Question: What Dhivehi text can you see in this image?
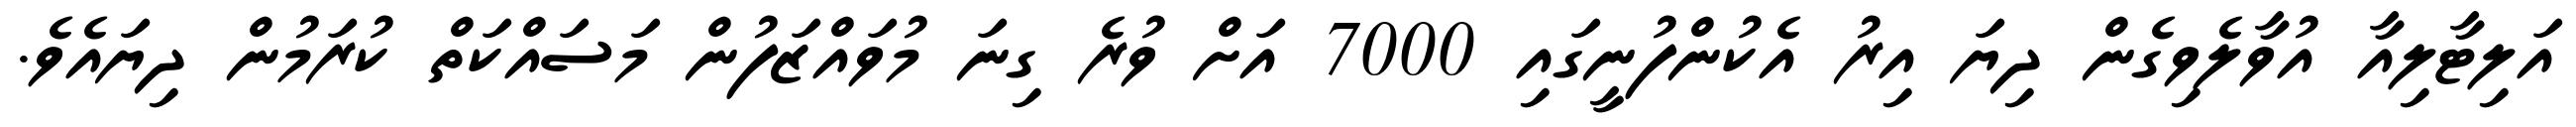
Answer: އަލިޓާލިއާ އުވާލެވިގެން ދިޔަ އިރު އެކުންފުނީގައި 7000 އަށް ވުރެ ގިނަ މުވައްޒަފުން މަސައްކަތް ކުރަމުން ދިޔައެވެ.